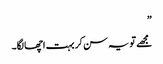
”
مجھے تو یہ سن کر بہت اچھا لگا۔